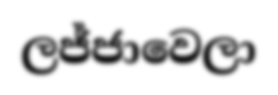
ලජ්ජාවෙලා